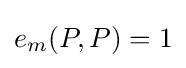
e_{m}(P,P)=1